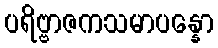
ပရိဗ္ဗာဇကသမာပန္နော